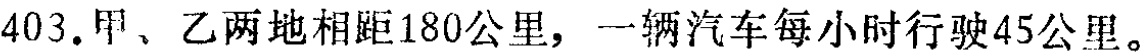
403.甲、乙两地相距180公里，一辆汽车每小时行驶45公里。